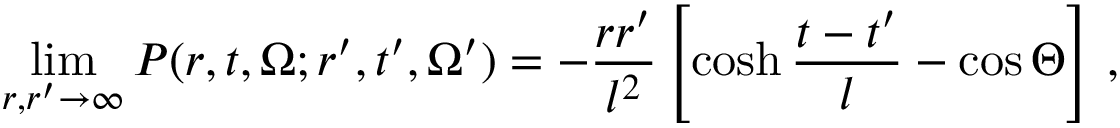
\operatorname * { l i m } _ { r , r ^ { \prime } \to \infty } P ( r , t , \Omega ; r ^ { \prime } , t ^ { \prime } , \Omega ^ { \prime } ) = - \frac { r r ^ { \prime } } { l ^ { 2 } } \left[ \cosh \frac { t - t ^ { \prime } } { l } - \cos \Theta \right] \, ,